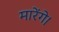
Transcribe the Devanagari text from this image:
मारेंगे।